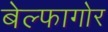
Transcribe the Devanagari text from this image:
बेल्फागोर